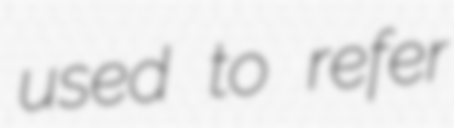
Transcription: used to refer